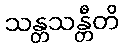
သန္တသန္တီတိ